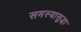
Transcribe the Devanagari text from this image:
समस्यासुद्धा